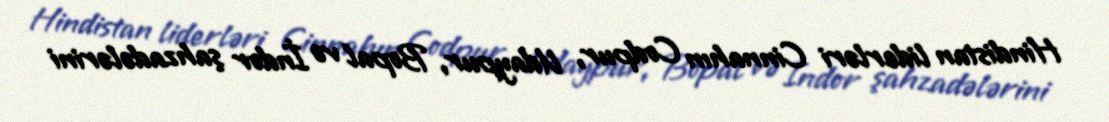
Hindistan liderləri Cinnahın Codpur, Udaypur, Bopal və İndor şahzadələrini